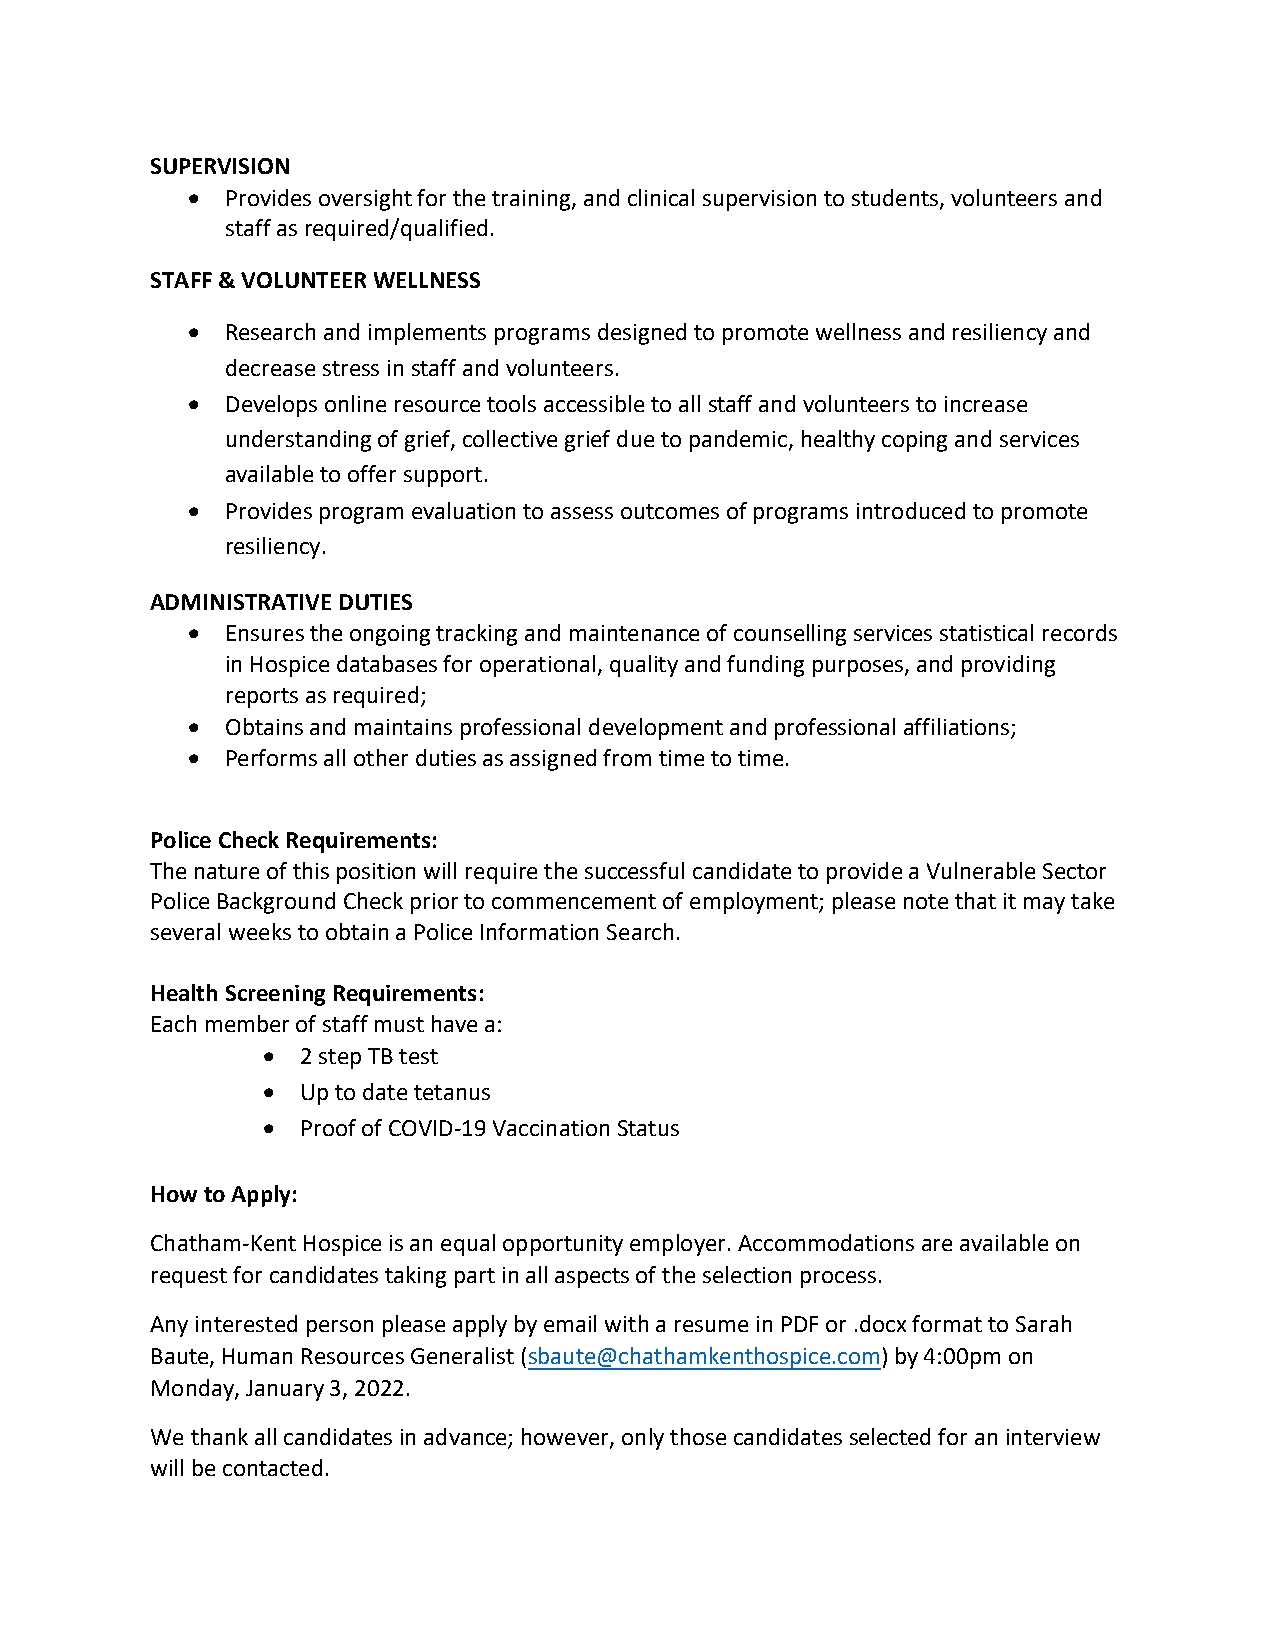
SUPERVISION
   Provides oversight for the training, and clinical supervision to students, volunteers and
 staff as required/qualified.
 STAFF & VOLUNTEER WELLNESS
   Research and implements programs designed to promote wellness and resiliency and
 decrease stress in staff and volunteers.
   Develops online resource tools accessible to all staff and volunteers to increase
 understanding of grief, collective grief due to pandemic, healthy coping and services
 available to offer support.
   Provides program evaluation to assess outcomes of programs introduced to promote
 resiliency.
 ADMINISTRATIVE DUTIES
   Ensures the ongoing tracking and maintenance of counselling services statistical records
 in Hospice databases for operational, quality and funding purposes, and providing
 reports as required;
   Obtains and maintains professional development and professional affiliations;
   Performs all other duties as assigned from time to time.
 Police Check Requirements:
 The nature of this position will require the successful candidate to provide a Vulnerable Sector
 Police Background Check prior to commencement of employment; please note that it may take
 several weeks to obtain a Police Information Search.
 Health Screening Requirements:
 Each member of staff must have a:
   2 step TB test
   Up to date tetanus
   Proof of COVID-19 Vaccination Status
 How to Apply:
 Chatham-Kent Hospice is an equal opportunity employer. Accommodations are available on
 request for candidates taking part in all aspects of the selection process.
 Any interested person please apply by email with a resume in PDF or .docx format to Sarah
 Baute, Human Resources Generalist (sbaute@chathamkenthospice.com) by 4:00pm on
 Monday, January 3, 2022.
 We thank all candidates in advance; however, only those candidates selected for an interview
 will be contacted.